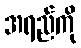
အရည်ကို